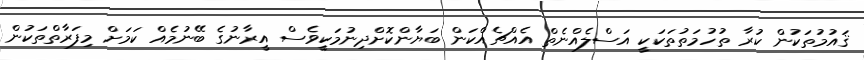
ޤައުމުތަކުން ކުރާ ތުހުމަތުތަކަކީ އަސްލެއްނެތް އެއްޗެއްކަން ބަޔާންކޮށްދިނުމަކީވެސް އީރާނުގެ ބޭނުމެއް ކަމަށް މިފަރާތްތަކުން